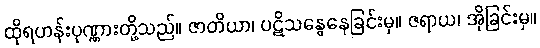
ထိုရဟန်းပုဏ္ဏားတို့သည်။ ဇာတိယာ၊ ပဋိသန္ဓေနေခြင်းမှ။ ဇရာယ၊ အိုခြင်းမှ။